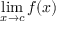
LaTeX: \operatorname* { l i m } _ { x \to c } f ( x )